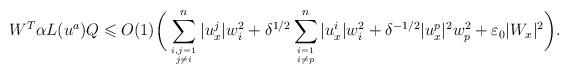
LaTeX: \begin{align*}W^T \alpha L(u^a)Q\leqslant O(1) \bigg(\sum_{i,j = 1\atop j \neq i}^n |u^j_x| w_i^2+ \delta^{{1}/{2}} \sum_{i=1 \atop i \neq p}^n |u^i_x| w_i^2+ \delta^{-{1}/2} |u^p_x|^2 w_p^2+ \varepsilon_0 |W_x|^2\bigg).\end{align*}